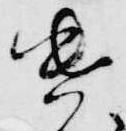
遣